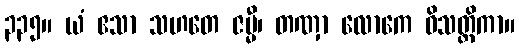
၃၃၅။ ယံ ဧသာ သဟတေ ဇမ္မီ၊ တဏှာ လောကေ ဝိသတ္တိကာ။